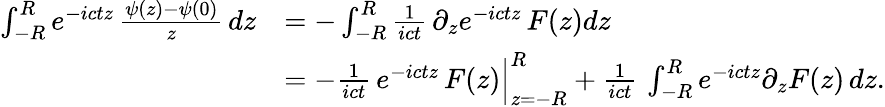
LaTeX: \begin{array}{rl}{\int_{-R}^{R}e^{-ictz}\, \frac{\psi(z)-\psi(0)}{z}\, dz}&{=-\int_{-R}^{R}\frac{1}{ict}\, {\partial}_{z}e^{-ictz}\, F(z)dz}\\ &{=-\frac{1}{ict}\, e^{-ictz}\, F(z)\Big|_{z=-R}^{R}+\frac{1}{ict}\, \int_{-R}^{R}e^{-ictz}\partial_{z}F(z)\, dz.}\end{array}